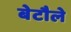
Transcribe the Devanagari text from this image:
बेटौले